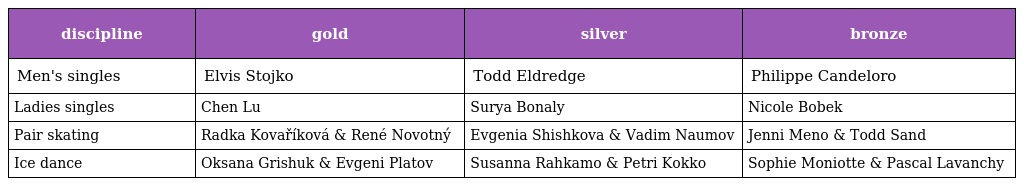
| discipline | gold | silver | bronze |
 | --- | --- | --- | --- |
 | Men's singles | Elvis Stojko | Todd Eldredge | Philippe Candeloro |
 | Ladies singles | Chen Lu | Surya Bonaly | Nicole Bobek |
 | Pair skating | Radka Kovaříková & René Novotný | Evgenia Shishkova & Vadim Naumov | Jenni Meno & Todd Sand |
 | Ice dance | Oksana Grishuk & Evgeni Platov | Susanna Rahkamo & Petri Kokko | Sophie Moniotte & Pascal Lavanchy |